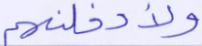
ولأدخلنهم